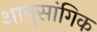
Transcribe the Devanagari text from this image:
आनुसांगिक